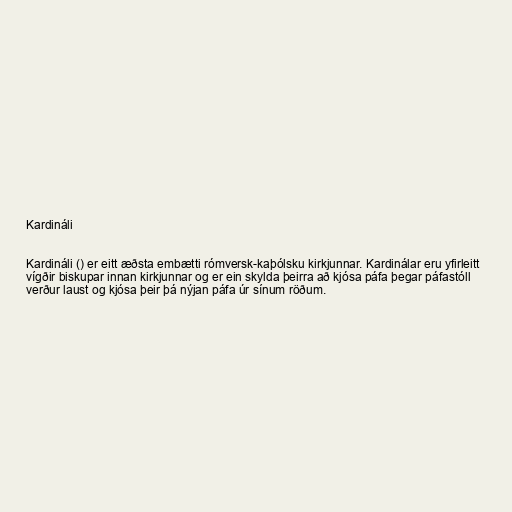
Kardináli

Kardináli () er eitt æðsta embætti rómversk-kaþólsku kirkjunnar. Kardinálar eru yfirleitt
vígðir biskupar innan kirkjunnar og er ein skylda þeirra að kjósa páfa þegar páfastóll
verður laust og kjósa þeir þá nýjan páfa úr sínum röðum.